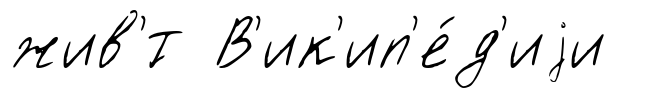
жив'́т В'ик'ип'е́д'иjи